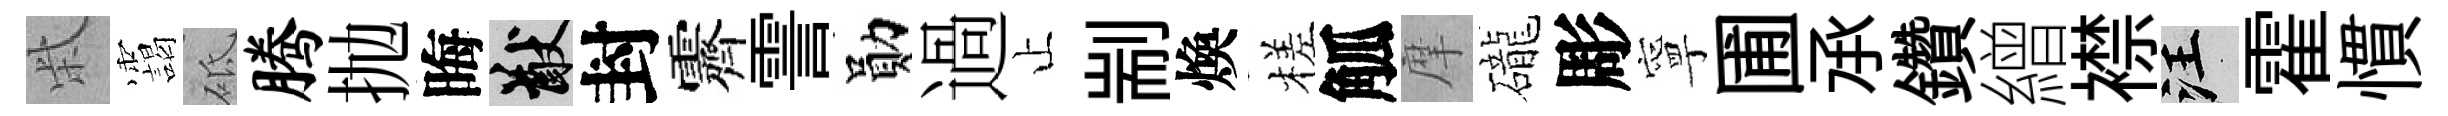
柴靄砥腾抛晦猷封霽霅勛過止剬煥槎觚摩礲彫寧圃𠄘鑽繒襟汪霍慣